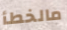
مالخطأ